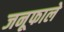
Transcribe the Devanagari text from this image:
जनूफाले